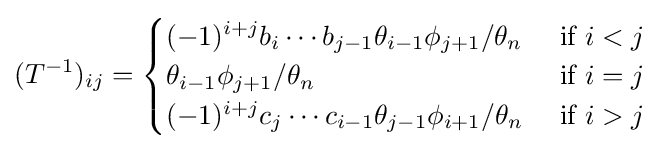
(T^{-1})_{ij}={\begin{cases}(-1)^{i+j}b_{i}\cdots b_{j-1}\theta _{i-1}\phi _{j+1}/\theta _{n}&{\text{ if }}i<j\\\theta _{i-1}\phi _{j+1}/\theta _{n}&{\text{ if }}i=j\\(-1)^{i+j}c_{j}\cdots c_{i-1}\theta _{j-1}\phi _{i+1}/\theta _{n}&{\text{ if }}i>j\\\end{cases}}